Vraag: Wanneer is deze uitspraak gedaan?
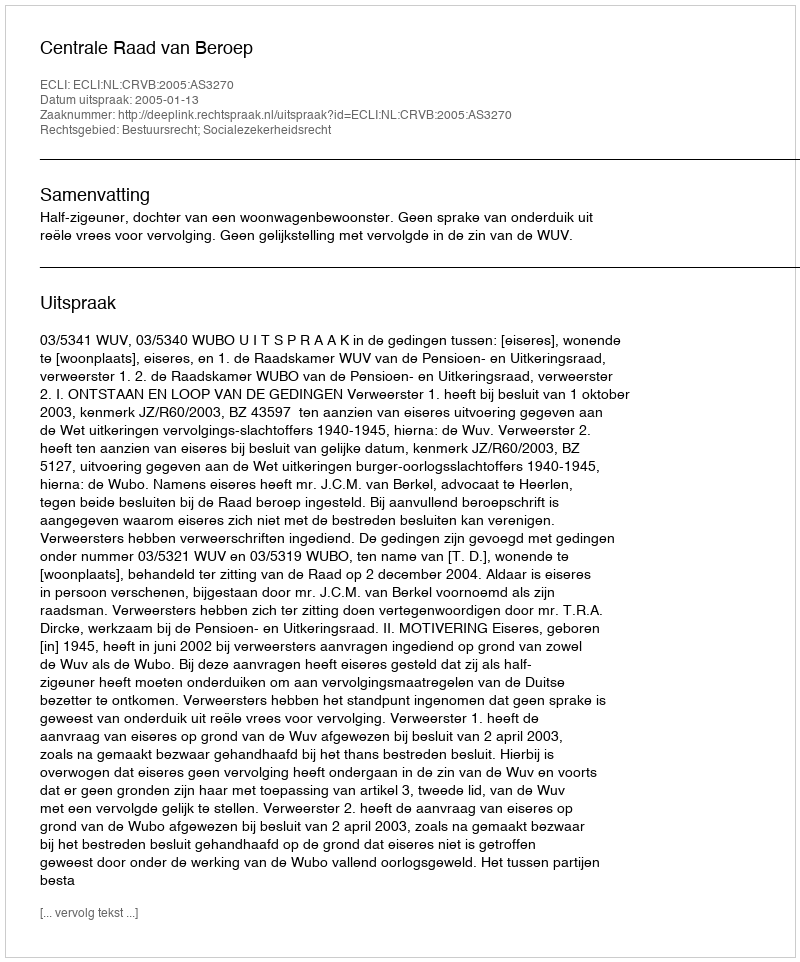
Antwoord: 2005-01-13